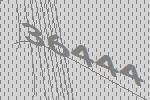
36444